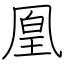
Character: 凰